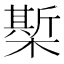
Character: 𣚄